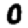
Digit: 0